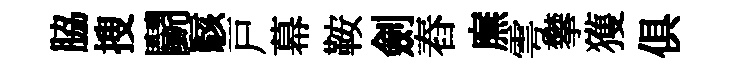
脇搜鬬駭戸幕鞍劍舂廡雩攀獲俱